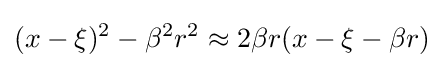
(x-\xi )^{2}-\beta ^{2}r^{2}\approx 2\beta r(x-\xi -\beta r)